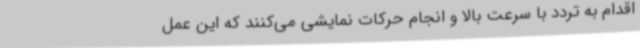
اقدام به تردد با سرعت بالا و انجام حرکات نمایشی می‌کنند که این عمل